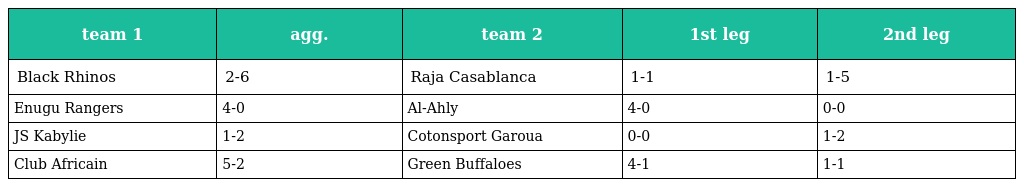
| team 1 | agg. | team 2 | 1st leg | 2nd leg |
 | --- | --- | --- | --- | --- |
 | Black Rhinos | 2-6 | Raja Casablanca | 1-1 | 1-5 |
 | Enugu Rangers | 4-0 | Al-Ahly | 4-0 | 0-0 |
 | JS Kabylie | 1-2 | Cotonsport Garoua | 0-0 | 1-2 |
 | Club Africain | 5-2 | Green Buffaloes | 4-1 | 1-1 |